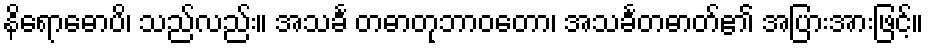
နိရောဓောပိ၊ သည်လည်း။ အသင်္ခ တဓာတုဘာဝတော၊ အသင်္ခတဓာတ်၏ အပြားအားဖြင့်။